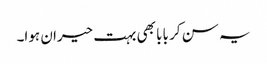
یہ سن کر بابا بھی بہت حیران ہوا۔